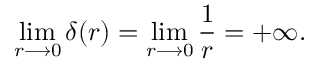
\operatorname* { l i m } _ { r \longrightarrow 0 } \delta ( r ) = \operatorname* { l i m } _ { r \longrightarrow 0 } { \frac { 1 } { r } } = + \infty .